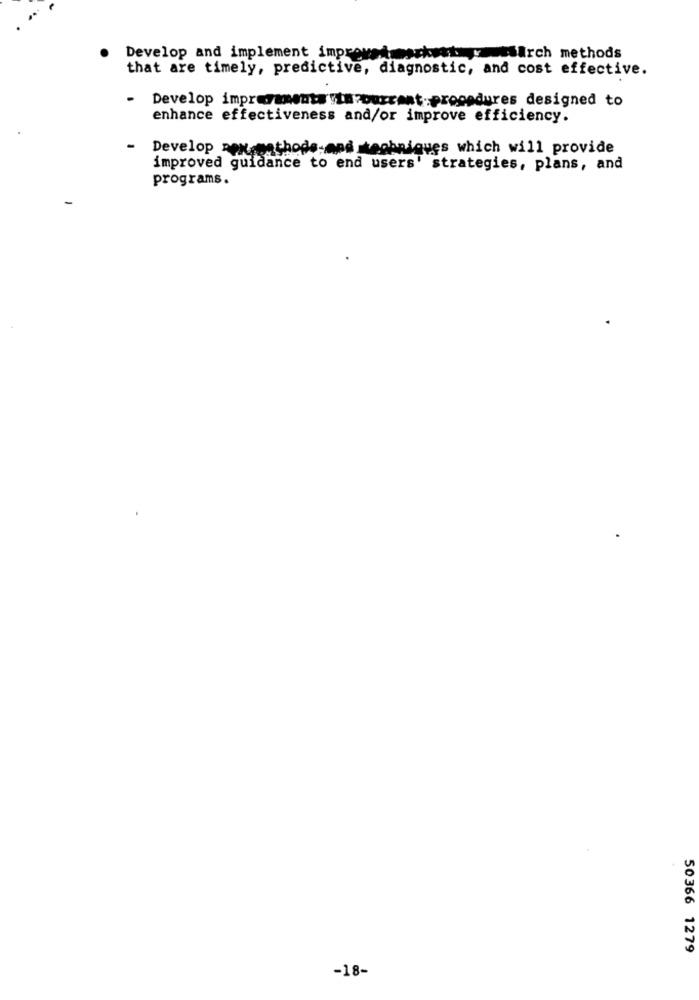
Develop and implement improvedmarketty sarch methods
that are timely, predictive, diagnostic, and cost effective.
-
Develop imprezmentwith ourrent.procedures designed to
enhance effectiveness and/or improve efficiency.
-
Develop perconthode-and techniques which will provide
improved guidance to end users' strategies, plans, and
programs.
50366 1279
-18-